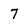
Character: 7